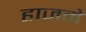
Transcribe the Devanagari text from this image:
हाजमे